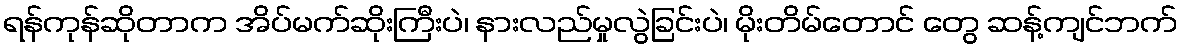
ရန်ကုန်ဆိုတာက အိပ်မက်ဆိုးကြီးပဲ၊ နားလည်မှုလွဲခြင်းပဲ၊ မိုးတိမ်တောင် တွေ ဆန့်ကျင်ဘက်